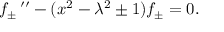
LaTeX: f _ { \pm } \, ^ { \prime \prime } - ( x ^ { 2 } - \lambda ^ { 2 } \pm 1 ) f _ { \pm } = 0 .